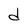
Character: d